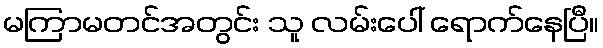
မကြာမတင်အတွင်း သူ လမ်းပေါ် ရောက်နေပြီ။